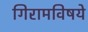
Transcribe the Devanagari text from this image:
गिरामविषये